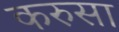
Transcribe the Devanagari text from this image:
करुसा